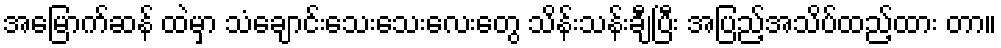
အမြောက်ဆန် ထဲမှာ သံချောင်းသေးသေးလေးတွေ သိန်းသန်းချီပြီး အပြည့်အသိပ်ထည့်ထား တာ။